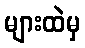
များထဲမှ